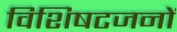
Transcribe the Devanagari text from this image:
विशिषटजनों